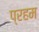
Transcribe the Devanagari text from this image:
प्रहम